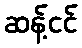
ဆန့်ငင်